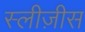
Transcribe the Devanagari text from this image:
स्लीज़ीस